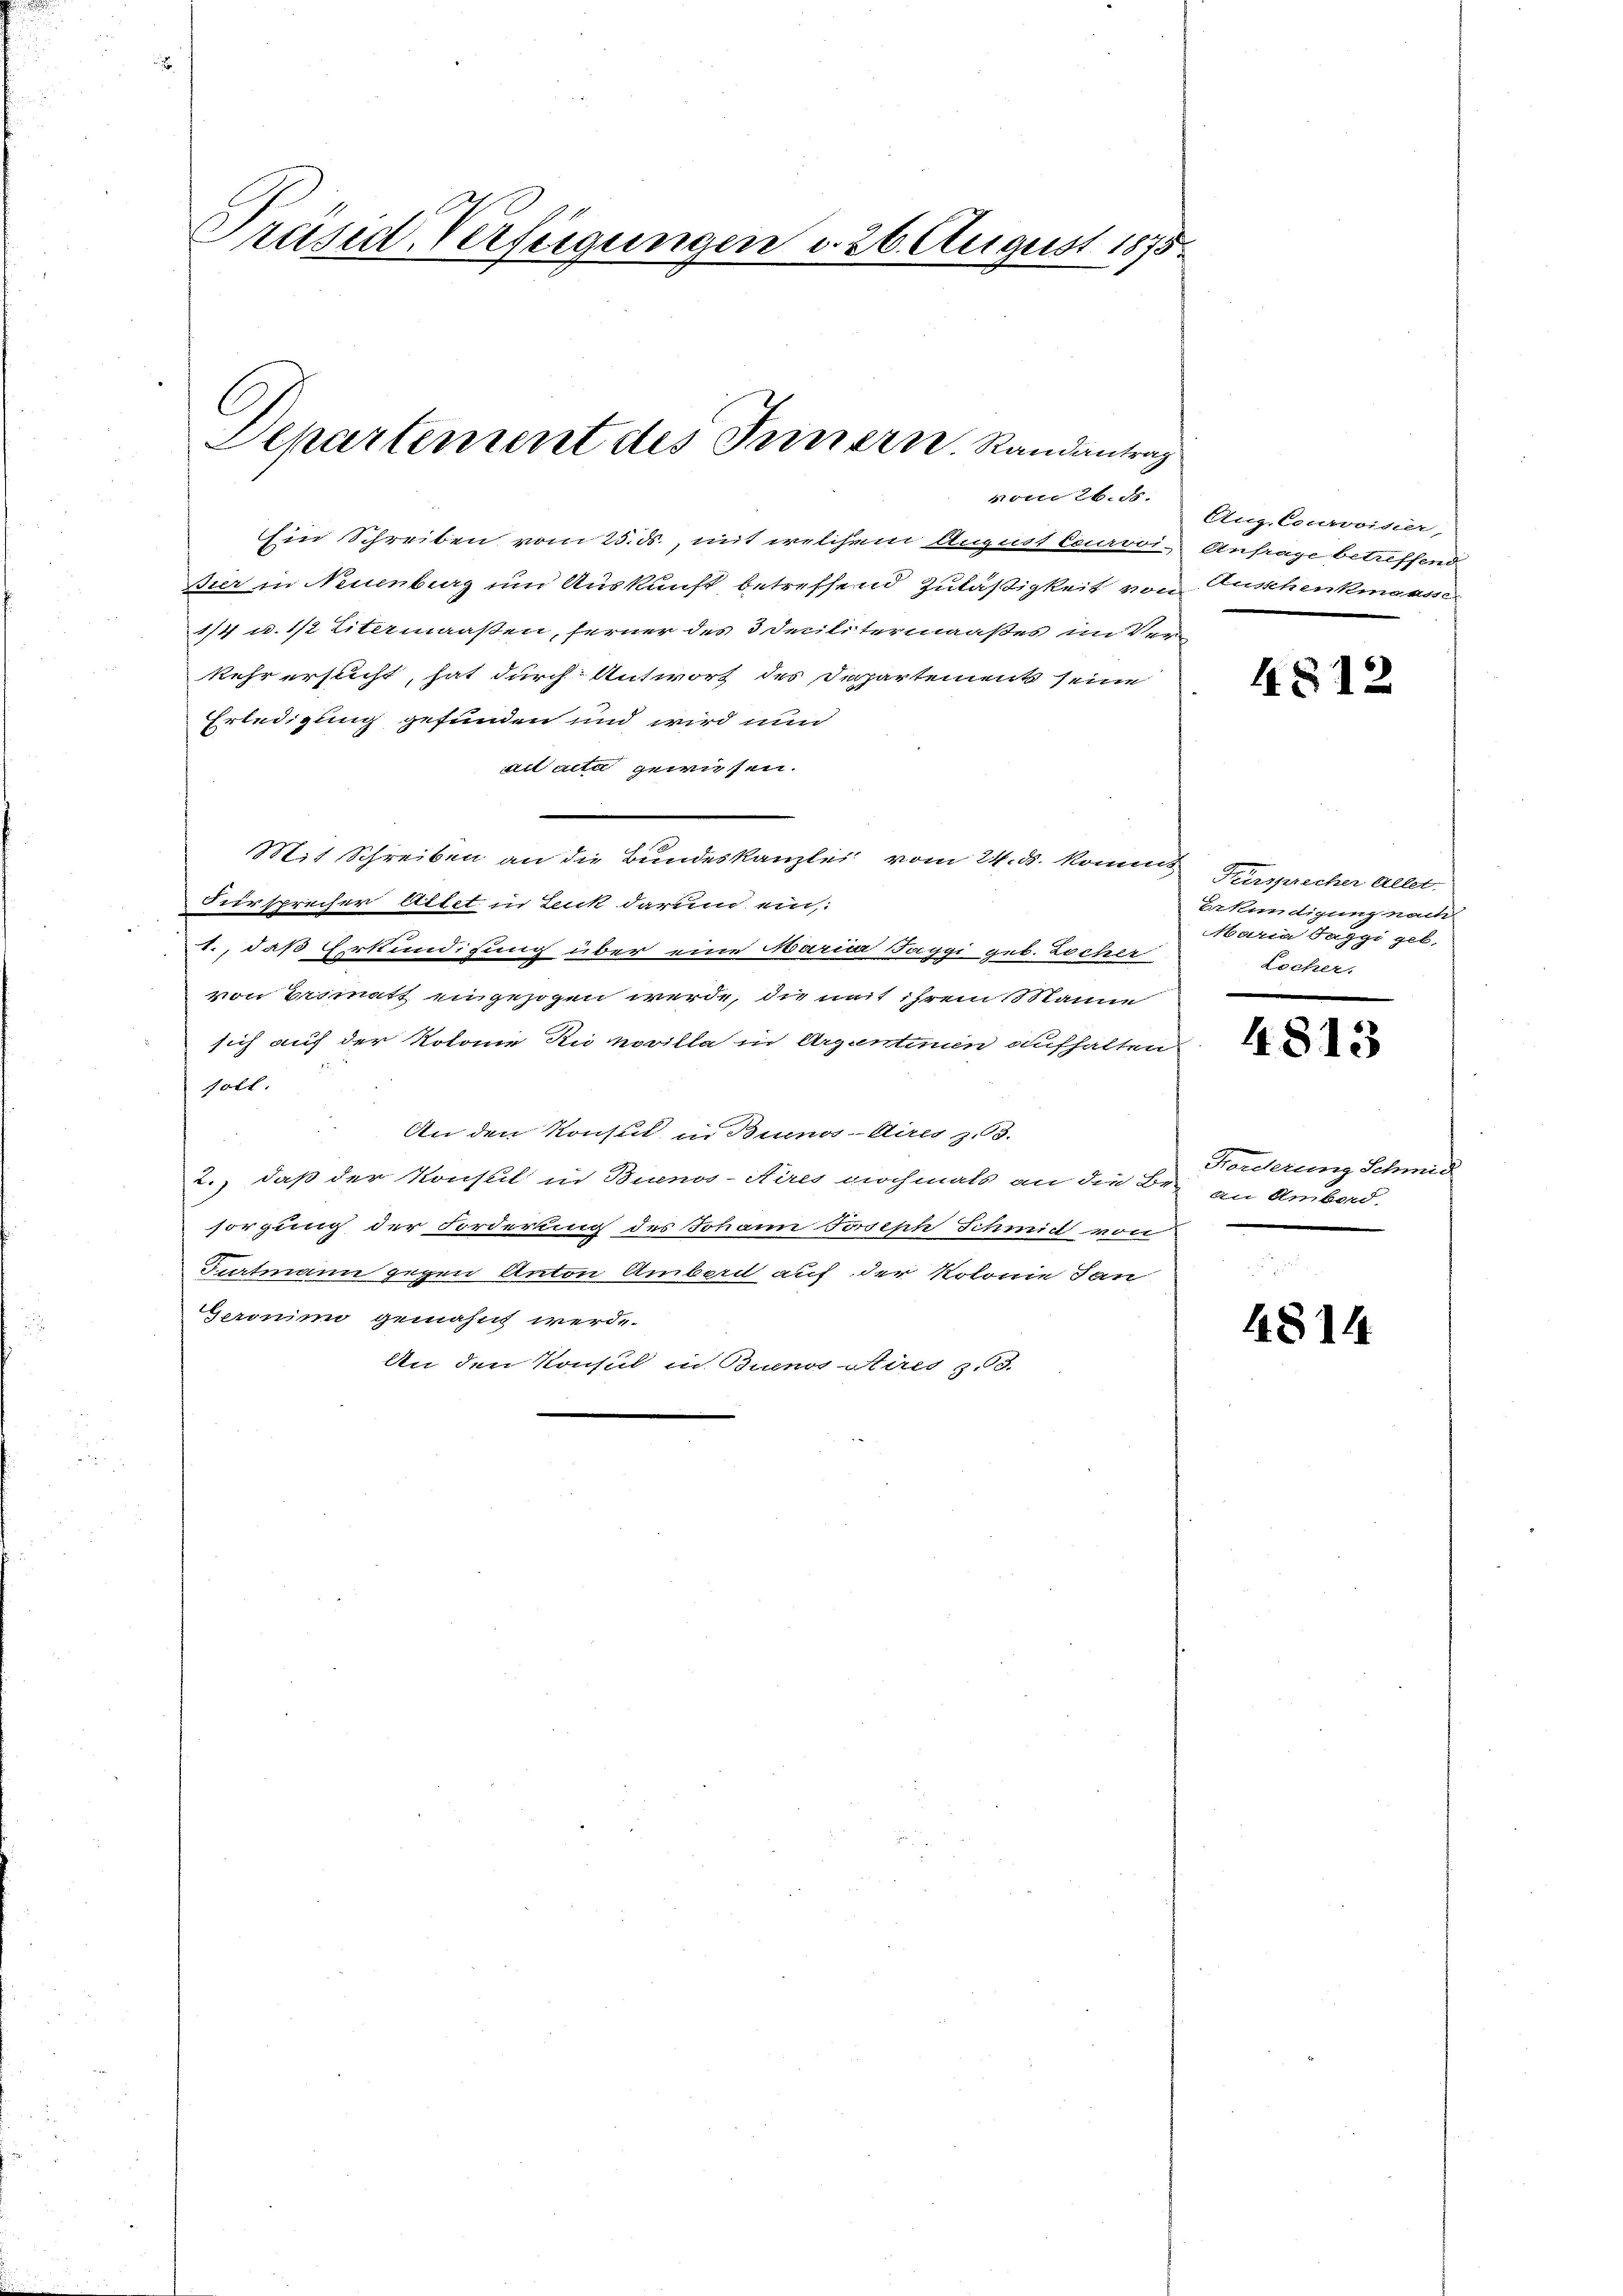
Präsid. Verfügungen d. 26. August 1875.

vom 26. d.
Ein Schreiben vom 25. ds., mit welchem August Courvoi- Anfrage betreffend
Bier in Neuenburg und Auskunft betreffend Zuläßigkeit von Ausschenkmaasse
174 u. 1/2 Litermaaßen, ferner des 3 Declitermaaßes im Ver
kehr ersucht, hat durch Antwort des Departement seine
Erledigung gefunden und wird nun
ad acta gewiesen.
Mit Schreiben an die Bundeskanzlei vom 24. ds. kommt dersprecher allet.
Fürsprecher Aitet in Lenk darum ein,
1., daß Erkundigung über eine Barica Jaggi geb. Locher
von Erimatt angezogen werde, die mit ihrem Manne
sich auf der Kolonie Renovilla in Argentinen aufhalten
soll.
An den Konsul in Buenos-Aires z. 63.
2.) daß der Konsul in Buenos-Aires nochmals an die B. an Ambard.
sorgung der Forderung des Johann Joseph Schmeich von
Dertmann gegen Anton Amber auf der Kolonie San
Geronini gemahnt werde.
An den Konsul in Buenos Aires z. 93.

Departement des Innern. Randantrag

4812

Eekündigung nach
Maria Jaggi geb.
Locher.

Forderung Schmid

4814

Aug. Courvoisier,